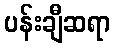
ပန်းချီဆရာ